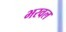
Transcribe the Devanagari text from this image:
भरवल